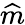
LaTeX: \widehat{m}